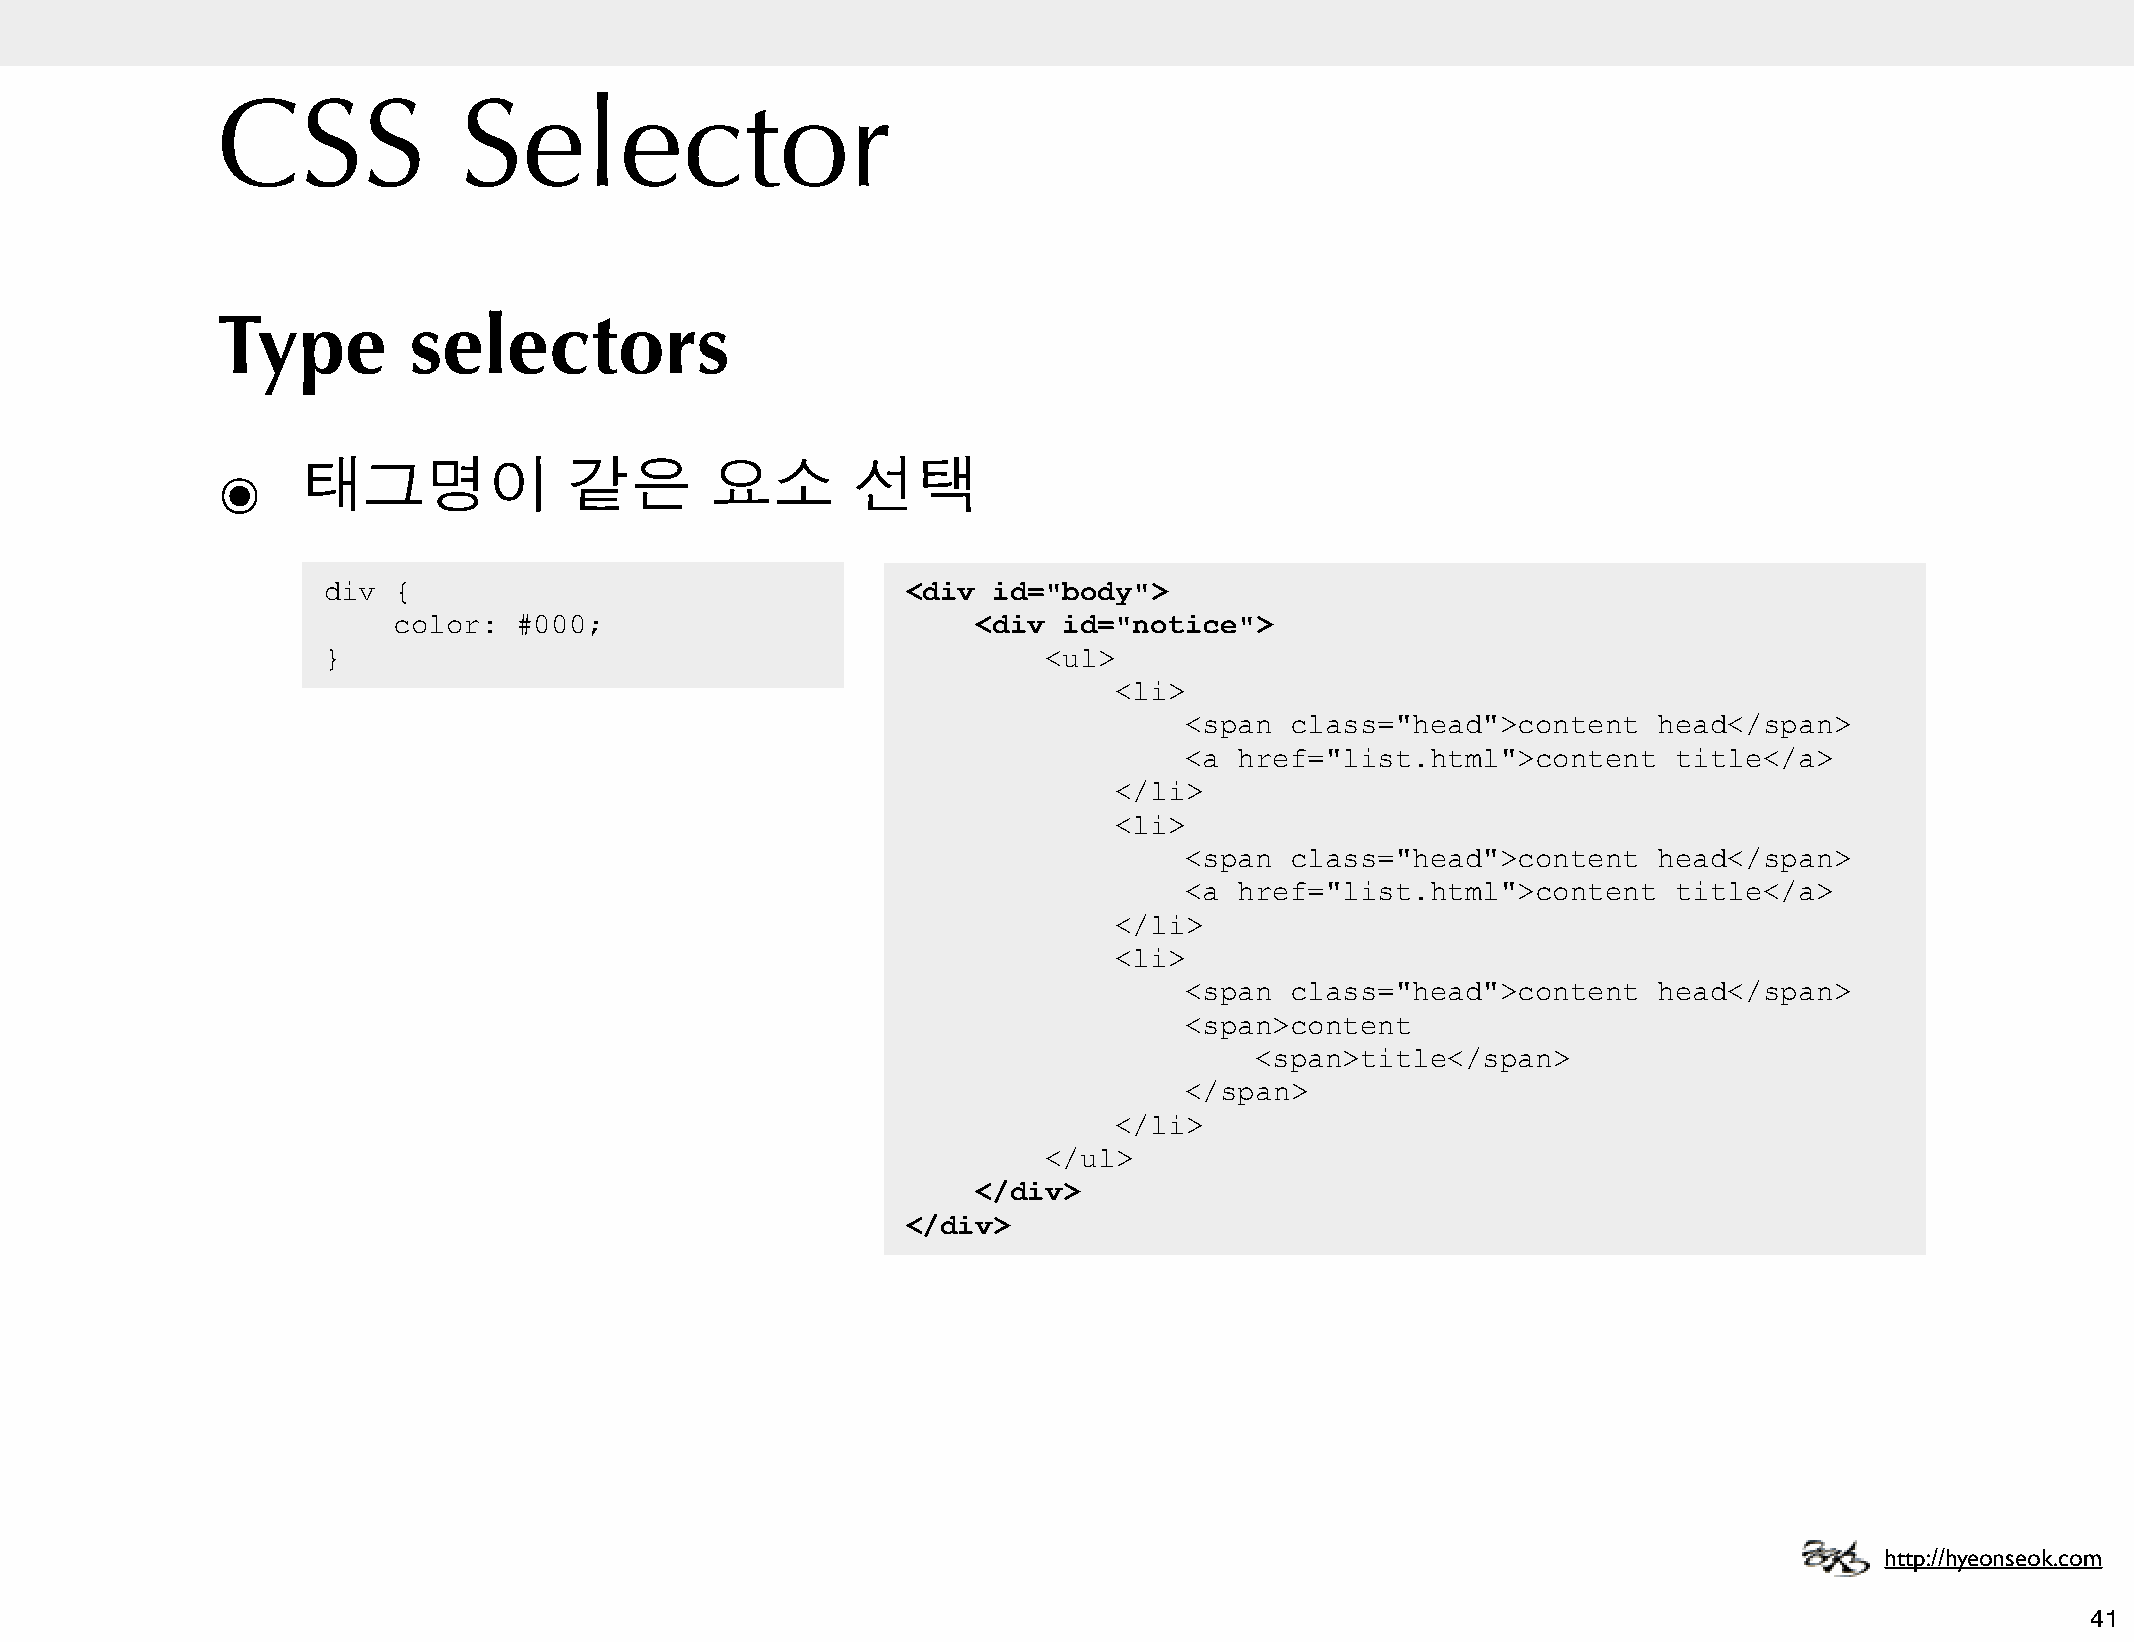
CSS             Selector
 Type         selectors
 ๏     태그명이              같은       요소       선택
 div  {                                 <div  id="body">
 color:  #000;                          <div id="notice">
 }                                               <ul>
 <li>
 <span  class="head">content     head</span>
 <a  href="list.html">content     title</a>
 </li>
 <li>
 <span  class="head">content     head</span>
 <a  href="list.html">content     title</a>
 </li>
 <li>
 <span  class="head">content     head</span>
 <span>content
 <span>title</span>
 </span>
 </li>
 </ul>
 </div>
 </div>
 http://hyeonseok.com
 41